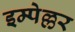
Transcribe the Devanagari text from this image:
इम्पेल्लर